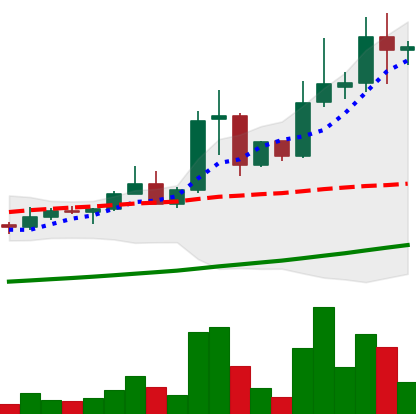
Ticker: XLM-USD
Chart end date: 2021-04-15
Forward return: -17.642%
Label: down_7plus